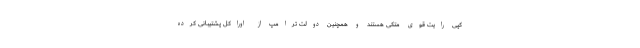
کپی رایت قوی متکی هستند و همچنین دولت ترامپ از اوراکل پشتیبانی کرده